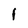
Character: l